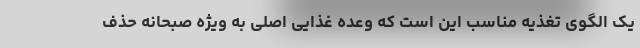
یک الگوی تغذیه مناسب این است که وعده غذایی اصلی به ویژه صبحانه حذف